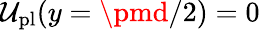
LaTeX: \mathcal{U}_{\mathrm{{pl}}}(y=\pmd/2)=0